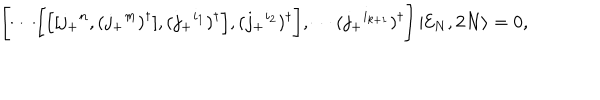
LaTeX: \Biggl [ \cdots \biggl [ \Bigl [ [ j _ { + } { } ^ { n } , ( j _ { + } { } ^ { m } ) ^ { \dagger } ] , ( j _ { + } { } ^ { i _ { 1 } } ) ^ { \dagger } \Bigr ] , ( j _ { + } { } ^ { i _ { 2 } } ) ^ { \dagger } \biggr ] , \cdots ( j _ { + } { } ^ { i _ { k + 1 } } ) ^ { \dagger } \Biggr ] \left| { \cal E } _ { N } , 2 N \right\rangle = 0 ,